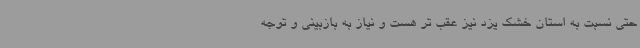
حتی نسبت به استان خشک یزد نیز عقب تر هست و نیاز به بازبینی و توجه